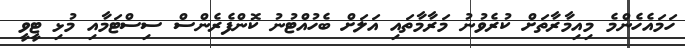
ހަމައެހެންމެ މިއިމާރާތަށް ކުރެވުނު މަރާމާތައި އަލަށް ބެހުއްޓުނު ކޮންފެރެންސް ސިސްޓަމާއި މުޅި ޓީވީ